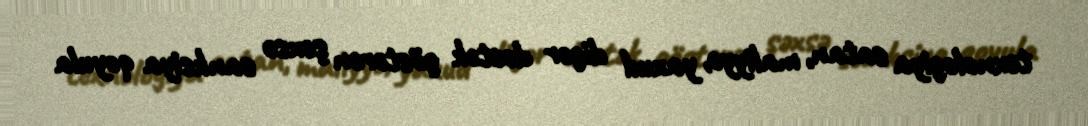
texnologiya satan, maliyyə, yaxud digər dəstək göstərən şəxsə sanksiya qoyula